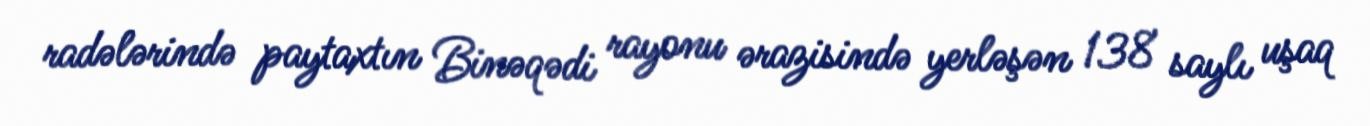
radələrində paytaxtın Binəqədi rayonu ərazisində yerləşən 138 saylı uşaq